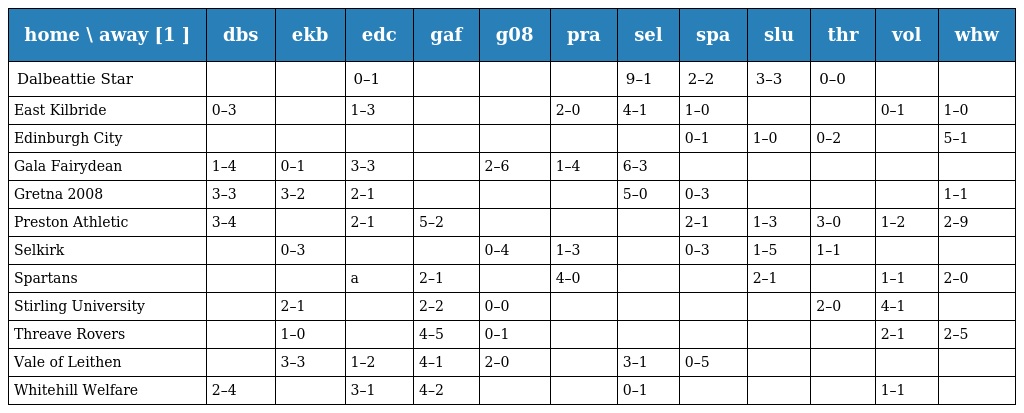
| home \ away [1 ] | dbs | ekb | edc | gaf | g08 | pra | sel | spa | slu | thr | vol | whw |
 | --- | --- | --- | --- | --- | --- | --- | --- | --- | --- | --- | --- | --- |
 | Dalbeattie Star |  |  | 0–1 |  |  |  | 9–1 | 2–2 | 3–3 | 0–0 |  |  |
 | East Kilbride | 0–3 |  | 1–3 |  |  | 2–0 | 4–1 | 1–0 |  |  | 0–1 | 1–0 |
 | Edinburgh City |  |  |  |  |  |  |  | 0–1 | 1–0 | 0–2 |  | 5–1 |
 | Gala Fairydean | 1–4 | 0–1 | 3–3 |  | 2–6 | 1–4 | 6–3 |  |  |  |  |  |
 | Gretna 2008 | 3–3 | 3–2 | 2–1 |  |  |  | 5–0 | 0–3 |  |  |  | 1–1 |
 | Preston Athletic | 3–4 |  | 2–1 | 5–2 |  |  |  | 2–1 | 1–3 | 3–0 | 1–2 | 2–9 |
 | Selkirk |  | 0–3 |  |  | 0–4 | 1–3 |  | 0–3 | 1–5 | 1–1 |  |  |
 | Spartans |  |  | a | 2–1 |  | 4–0 |  |  | 2–1 |  | 1–1 | 2–0 |
 | Stirling University |  | 2–1 |  | 2–2 | 0–0 |  |  |  |  | 2–0 | 4–1 |  |
 | Threave Rovers |  | 1–0 |  | 4–5 | 0–1 |  |  |  |  |  | 2–1 | 2–5 |
 | Vale of Leithen |  | 3–3 | 1–2 | 4–1 | 2–0 |  | 3–1 | 0–5 |  |  |  |  |
 | Whitehill Welfare | 2–4 |  | 3–1 | 4–2 |  |  | 0–1 |  |  |  | 1–1 |  |